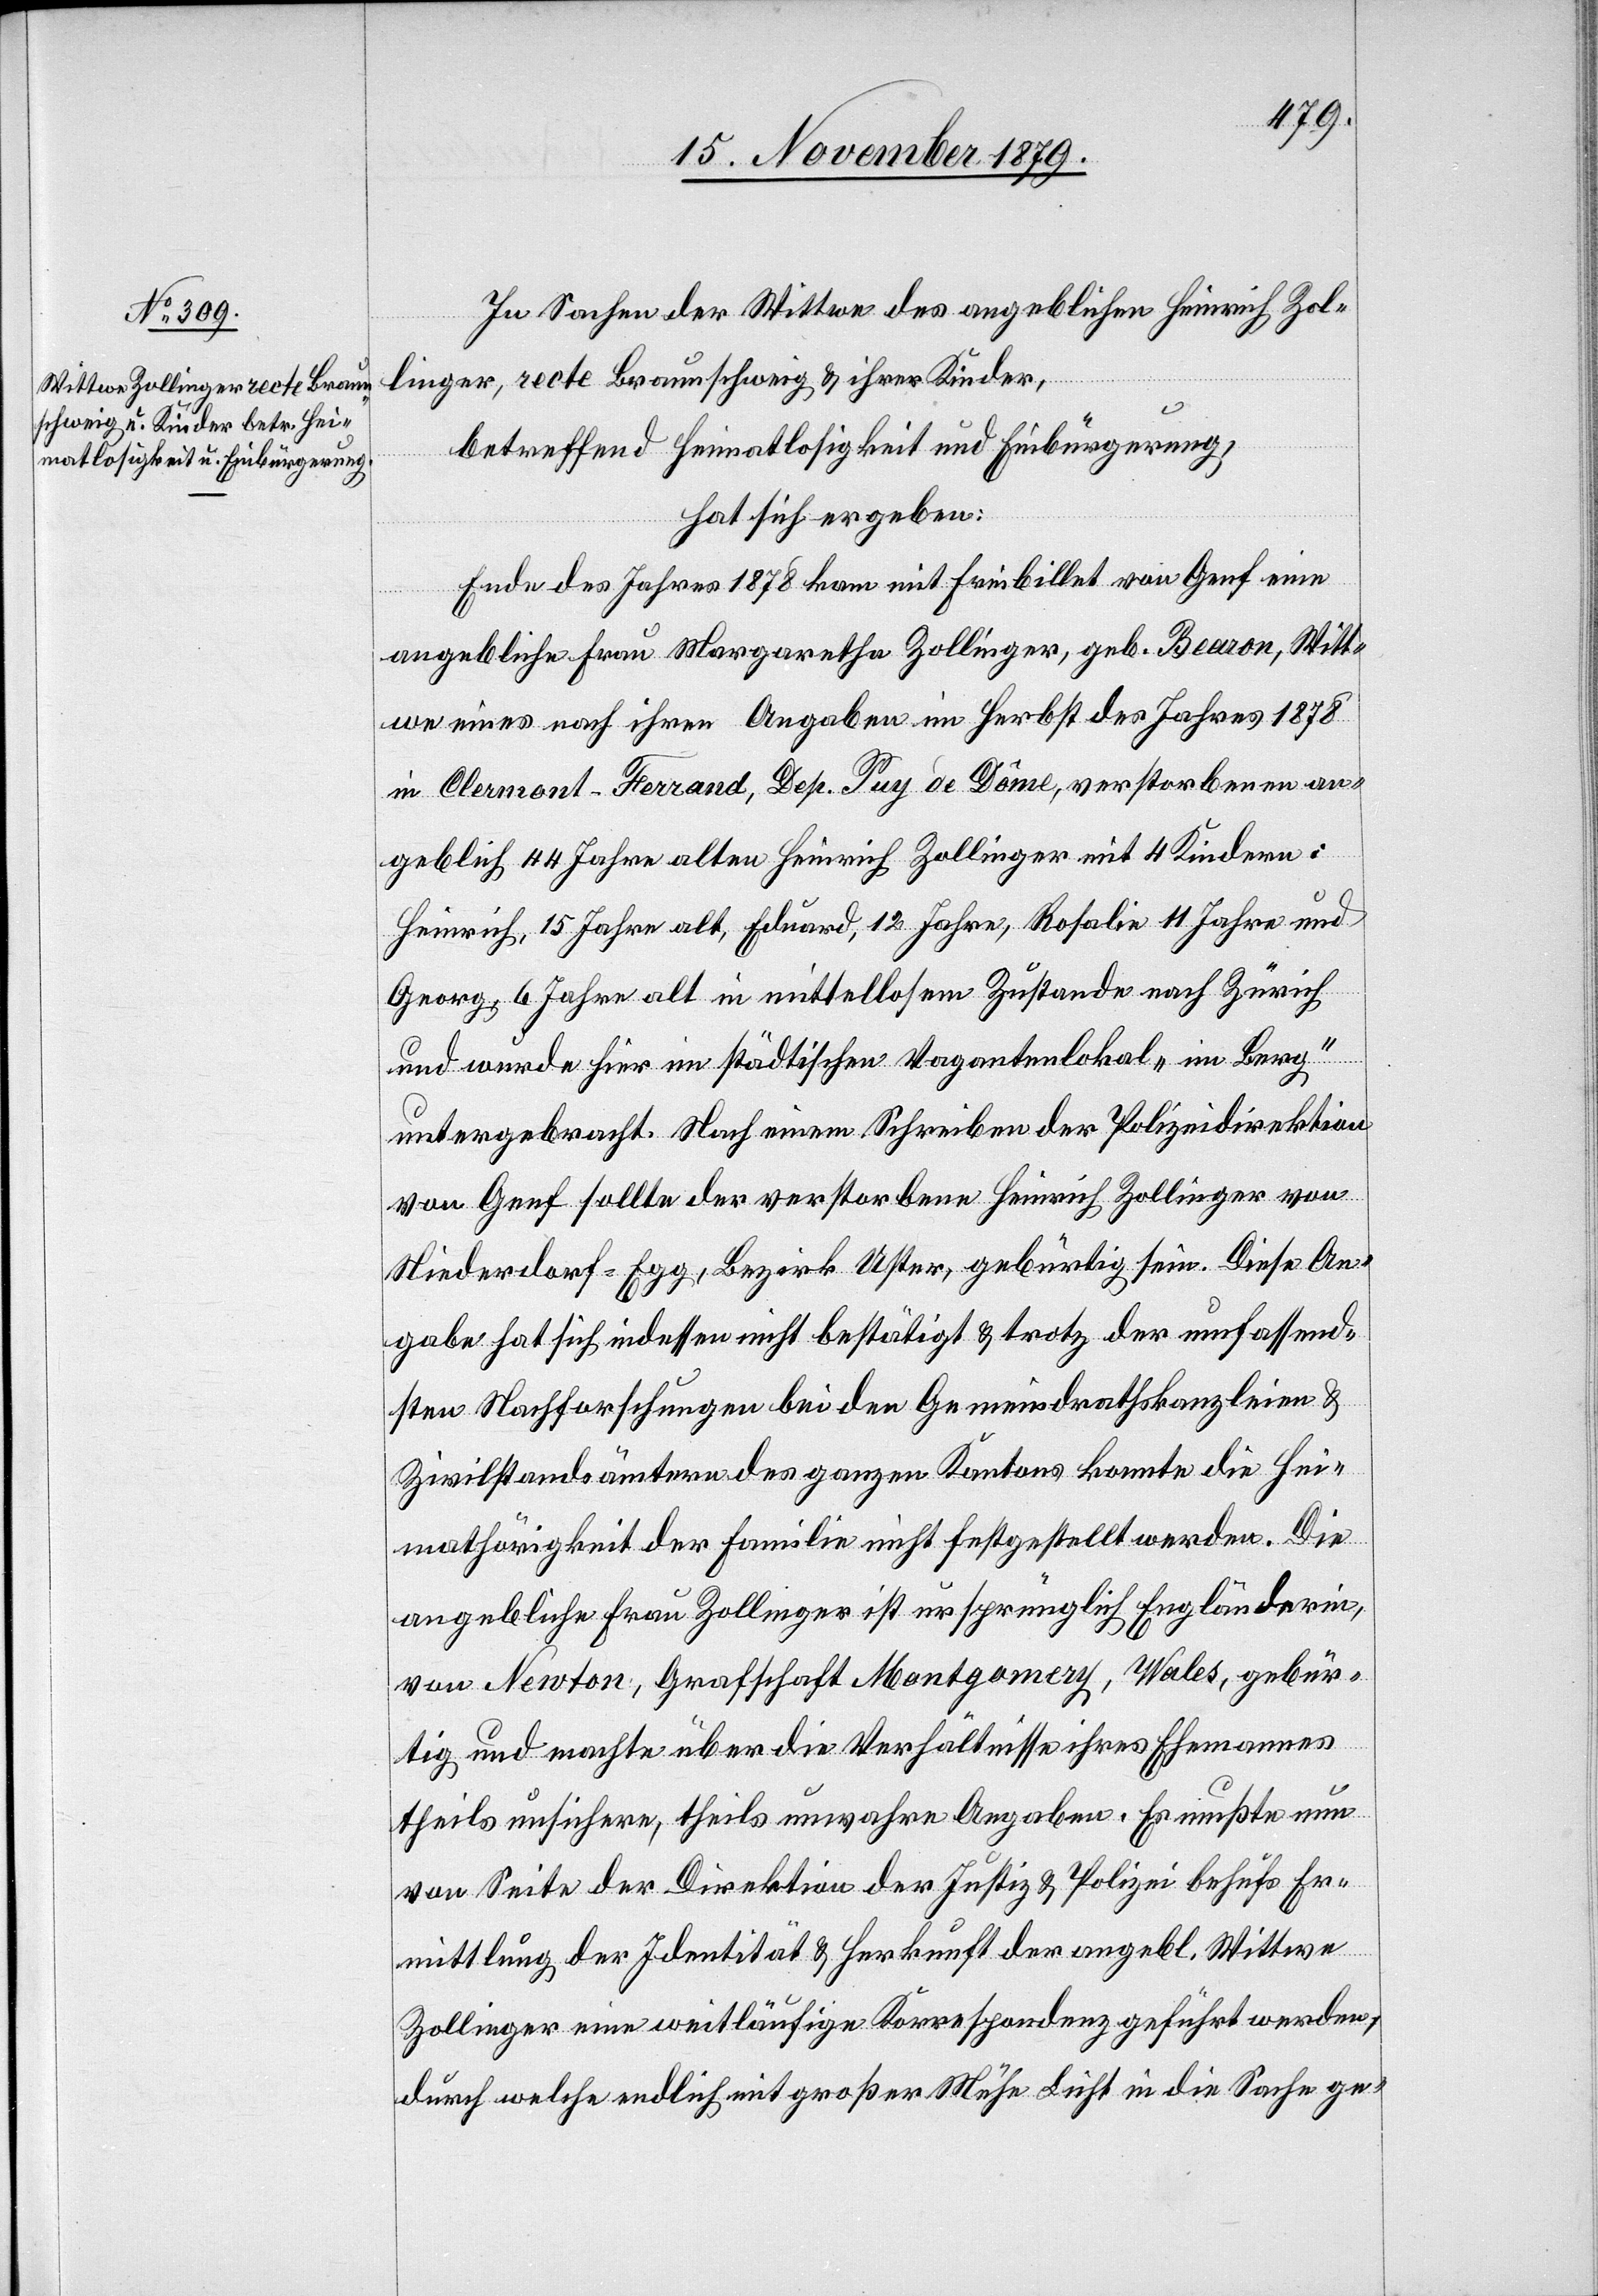
In Sachen der Wittwe des angeblichen Heinrich Zol¬
linger, recte Braunschweig & ihrer Kinder,
betreffend Heimatlosigkeit und Einbürgerung,
hat sich ergeben:
Ende des Jahres 1878 kam mit Freibillet von Genf eine
angebliche Frau Margarethe Zollinger, geb. Bearon, Witt¬
we eines nach ihren Angaben im Herbst des Jahres 1878
in Clermont-Ferrand, Dep. Puy de Dôme, verstorbenen an¬
geblich 44 Jahre alten Heinrich Zollinger mit 4 Kindern:
Heinrich, 15 Jahre alt, Eduard, 12 Jahre, Rosalie 11 Jahre und
Georg, 6 Jahre alt in mittellosem Zustande nach Zürich
und wurde hier im städtischen Vagantenlokal „im Berg“
untergebracht. Nach einem Schreiben der Polizeidirektion
von Genf sollte der verstorbene Heinrich Zollinger von
Niederdorf - Egg, Bezirk Uster, gebürtig sein. Diese An¬
gabe hat sich indessen nicht bestätigt & trotz der umfassend¬
sten Nachforschungen bei den Gemeindrathskanzleien &
Zivilstandsämtern des ganzen Kantons konnte die Hei¬
mathörigkeit der Familie nicht festgestellt werden. Die
angebliche Frau Zollinger ist ursprünglich Engländerin,
von Newton, Grafschaft Montgomery, Wales, gebür¬
tig und machte über die Verhältnisse ihres Ehemannes
theils unsichere, theils unwahre Angaben. Es mußte nun
von Seite der Direktion der Justiz & Polizei behufs Er¬
mittlung der Identität & Herkunft der angebl. Wittwe
Zollinger eine weitläufige Korrespondenz geführt werden,
durch welche endlich mit großer Mühe Licht in die Sache ge-